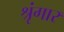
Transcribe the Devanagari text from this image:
श्रृंंगार